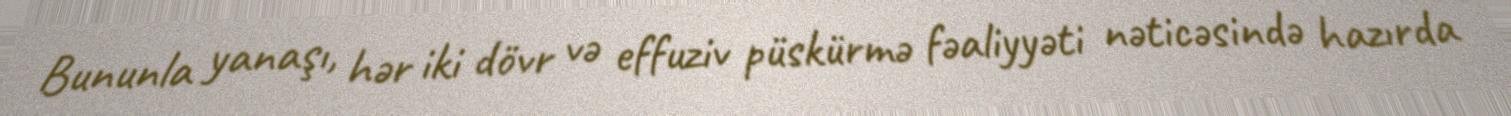
Bununla yanaşı, hər iki dövr və effuziv püskürmə fəaliyyəti nəticəsində hazırda